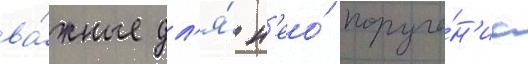
ва́жные дл'я́ н'ео́ поруче́н'иа